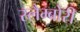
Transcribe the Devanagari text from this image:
स्लैम्बोरी